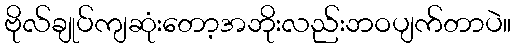
ဗိုလ်ချုပ်ကျဆုံးတော့အဘိုးလည်းဘဝပျက်တာပဲ။